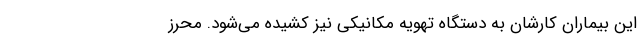
این بیماران کارشان به دستگاه تهویه مکانیکی نیز کشیده می‌شود. محرز